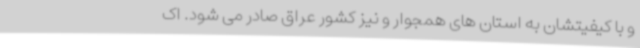
و با کیفیتشان به استان های همجوار و نیز کشور عراق صادر می شود. اک